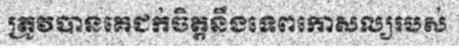
ត្រូវបានគេជក់ចិត្តនឹងទេពកោសល្យរបស់